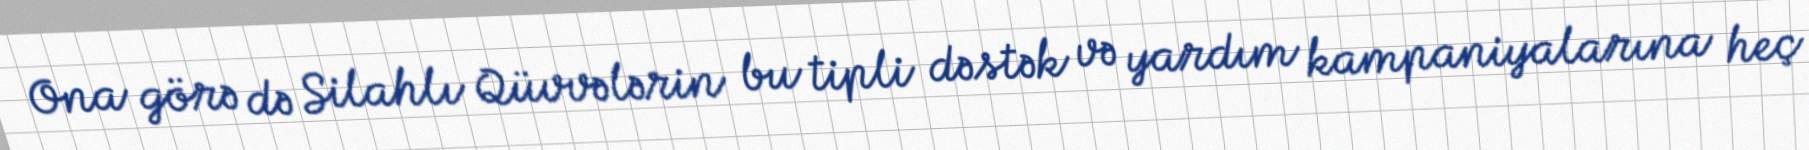
Ona görə də Silahlı Qüvvələrin bu tipli dəstək və yardım kampaniyalarına heç